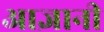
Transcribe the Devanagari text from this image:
आज्ञानी